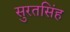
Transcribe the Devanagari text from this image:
सुरतसिंह